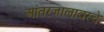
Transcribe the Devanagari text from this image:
आंतरजालावरचे